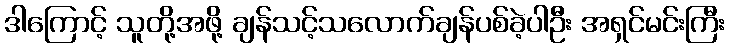
ဒါကြောင့် သူတို့အဖို့ ချန်သင့်သလောက်ချန်ပစ်ခဲ့ပါဦး အရှင်မင်းကြီး